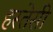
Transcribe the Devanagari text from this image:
हस्तेसी